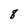
Character: 8